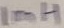
Text: 1mH